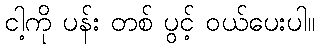
ငါ့ကို ပန်း တစ် ပွင့် ဝယ်ပေးပါ။